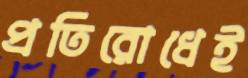
প্রতিরোধেই